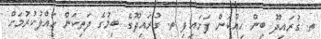
ތ. ގުރައިދޫ ބިން ހިއްކަން ފަށައިފި ތ. ގުރައިދޫގެ ބިމުގެ ދަތިކަން ހައްލުކުރުމަށް